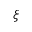
\xi